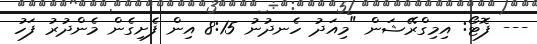
--- ފޮޓޯ: އިމިގްރޭޝަން "މިއަދު ހެނދުނު 8:15 އިން ފެށިގެން މެންދުރު ފަހު